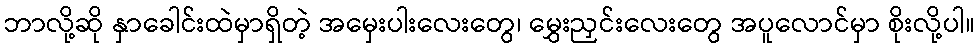
ဘာလို့ဆို နှာခေါင်းထဲမှာရှိတဲ့ အမှေးပါးလေးတွေ၊ မွှေးညှင်းလေးတွေ အပူလောင်မှာ စိုးလို့ပါ။